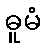
ဓူမံ